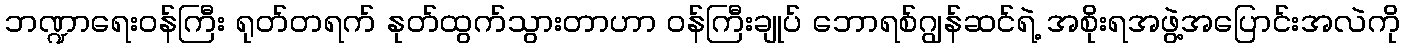
ဘဏ္ဍာရေးဝန်ကြီး ရုတ်တရက် နုတ်ထွက်သွားတာဟာ ဝန်ကြီးချုပ် ဘောရစ်ဂျွန်ဆင်ရဲ့ အစိုးရအဖွဲ့အပြောင်းအလဲကို